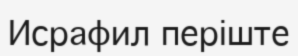
Исрафил періште